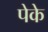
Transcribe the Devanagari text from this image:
पेके